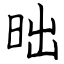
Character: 昢